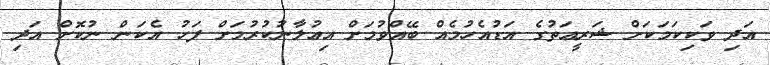
އަދި ވަކިކަމަކަށް ޝަރީޢަތުގެ އަޑުއެހުމެއް ބޭއްވުމަށް އިޢުލާނުކުރުމަށް ފަހު އެކަން ނުކޮށް އަދި